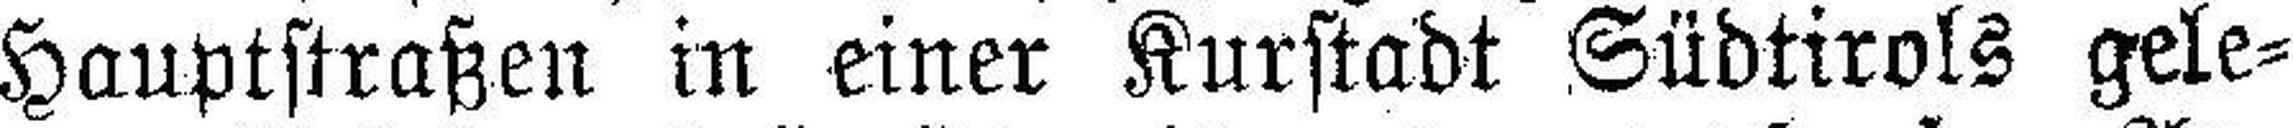
Hauptstraßen in einer Kurstadt Südtirols gele¬